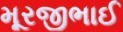
મૂરજીભાઈ